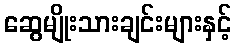
ဆွေမျိုးသားချင်းများနှင့်